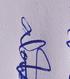
Signature authenticity: genuine